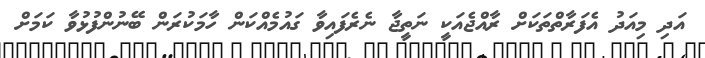
އަދި މިއަދު އެފަރާތްތަކަށް ރާއްޖެއަކީ ނަތީޖާ ނެރެފައިވާ ގައުމެއްކަން ހާމަކުރަން ބޭނުންފުޅުވާ ކަމަށް